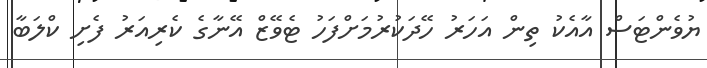
ޔުވެންޓަސް އާއެކު ތިން އަހަރު ހޭދަކުރުމަށްފަހު ޓެވޭޒް އޭނާގެ ކެރިއަރު ފެށި ކްލަބާ